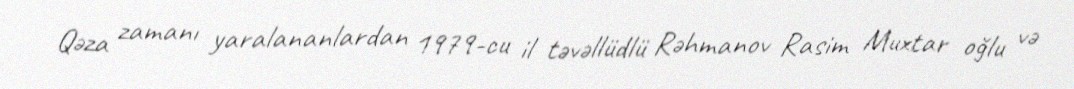
Qəza zamanı yaralananlardan 1979-cu il təvəllüdlü Rəhmanov Rasim Muxtar oğlu və